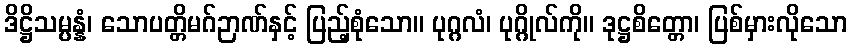
ဒိဋ္ဌိသမ္ပန္နံ၊ သောပတ္တိမဂ်ဉာဏ်နှင့် ပြည့်စုံသော။ ပုဂ္ဂလံ၊ ပုဂ္ဂိုလ်ကို။ ဒုဋ္ဌစိတ္တော၊ ပြစ်မှားလိုသော